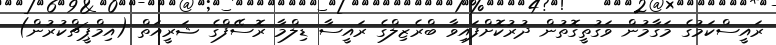
ރައީސްކަމުގެ މަގާމުން ވަގުތީގޮތުން ދުރުކޮށްފައިވާ ބްރެޒިލްގެ ރައީސާ ޑިލްމާ ރޮސޭފްގެ ޝަރީއަތް (އިމްޕީޗްކުރުން)